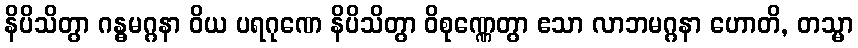
နိပိသိတွာ ဂန္ဓမဂ္ဂနာ ဝိယ ပရဂုဏေ နိပိသိတွာ ဝိစုဏ္ဏေတွာ ဧသာ လာဘမဂ္ဂနာ ဟောတိ, တသ္မာ